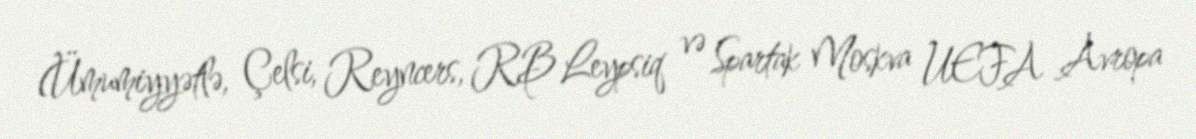
(Ümumiyyətlə, Çelsi, Reyncers, RB Leypsiq və Spartak Moskva UEFA Avropa